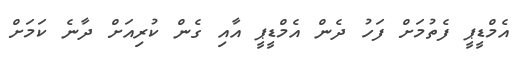
އެމްޑީޕީ ފެތުމަށް ފަހު ދެން އެމްޑީޕީ އާއި ގެން ކުރިއަށް ދާނެ ކަމަށް